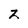
Character: z